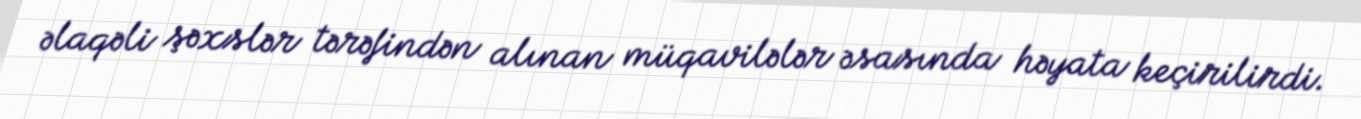
əlaqəli şəxslər tərəfindən alınan müqavilələr əsasında həyata keçirilirdi.